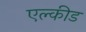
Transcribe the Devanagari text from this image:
एल्कीड